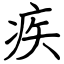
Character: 疾